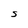
Character: S